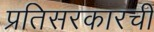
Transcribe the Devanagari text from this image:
प्रतिसरकारची